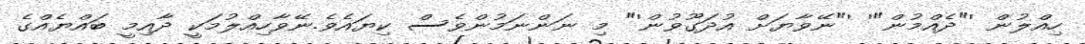
ހިއްލުން '"ދެއްމުން"' '"ނޭވާޔަށް އުދަގޫވުން'" މި ނަންނަމުންވެސް ކިޔައެވެ.ނޭވާހިއްލުމަކީ ދާއިމީ ބައްޔެއްގެ